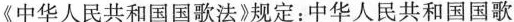
《中华人民共和国国歌法》规定：中华人民共和国国歌